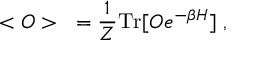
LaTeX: < { \cal O } > ~ = \frac { 1 } { Z } \mathrm { T r } [ { \cal O } e ^ { - \beta H } ] \; ,